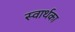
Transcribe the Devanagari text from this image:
स्वार्थका